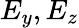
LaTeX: E_{y},E_{z}